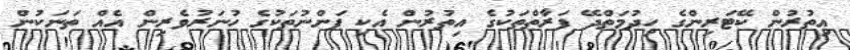
އިތުރުން ކޭޓަރިންގެ ހިދުމަތްދޭ ފަރާތްތަކުގެ އިތުރުން އެކި ފަންނުތަކުގެ ހުނަރުވެރިން އެއް ތަނަކުން